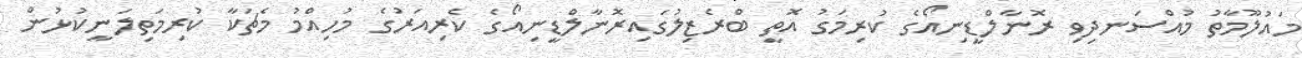
މައުލޫމާތު މުއްސަނދިވި ރޮނާލްޑީނިއޯގެ ކުރިމަގު އޮތީ ބްރެޒިލުގައިރޮނާލްޑީނިއޯގެ ކެރިއަރުގެ މުހިއްމު މެޗަކާ ކުރިމަތިލަނީކުޅުން